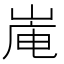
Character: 𪨿